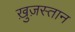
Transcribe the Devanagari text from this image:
ख़ुज़स्तान